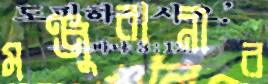
মঞ্জুরানীর